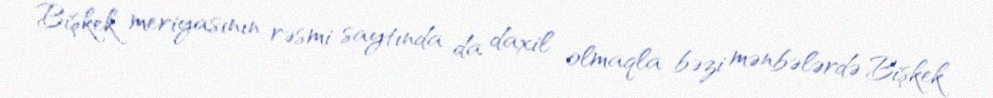
Bişkek meriyasının rəsmi saytında da daxil olmaqla bəzi mənbələrdə Bişkek